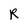
Character: R